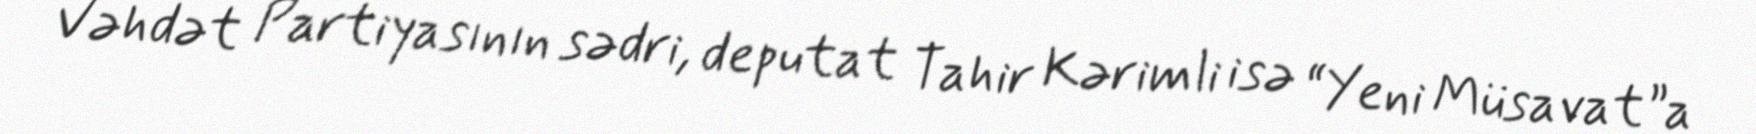
Vəhdət Partiyasının sədri, deputat Tahir Kərimli isə “Yeni Müsavat”a